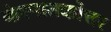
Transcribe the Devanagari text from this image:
केस्नातकोत्तर